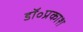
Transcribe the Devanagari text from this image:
डॉ॰प्रकाश